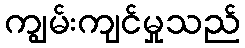
ကျွမ်းကျင်မှုသည်